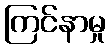
ကြင်နာမှု